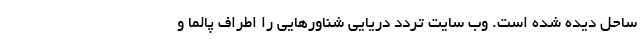
ساحل دیده شده است. وب سایت تردد دریایی شناورهایی را اطراف پالما و